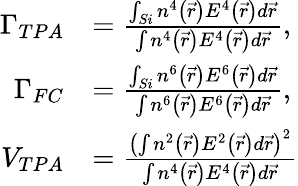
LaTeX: \begin{array}{rl}{\Gamma_{TPA}}&{=\frac{\int_{Si}n^{4}\left(\vec{r}\right)E^{4}\left(\vec{r}\right)d\vec{r}}{\int n^{4}\left(\vec{r}\right)E^{4}\left(\vec{r}\right)d\vec{r}}\mathrm{,}}\\ {\Gamma_{FC}}&{=\frac{\int_{Si}n^{6}\left(\vec{r}\right)E^{6}\left(\vec{r}\right)d\vec{r}}{\int n^{6}\left(\vec{r}\right)E^{6}\left(\vec{r}\right)d\vec{r}}\mathrm{,}}\\ {V_{TPA}}&{=\frac{\left(\int n^{2}\left(\vec{r}\right)E^{2}\left(\vec{r}\right)d\vec{r}\right)^{2}}{\int n^{4}\left(\vec{r}\right)E^{4}\left(\vec{r}\right)d\vec{r}}}\end{array}